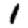
Digit: 1